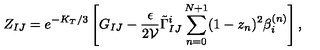
Z _ { I J } = e ^ { - K _ { T } / 3 } \left[ G _ { I J } - \frac { \epsilon } { 2 \mathcal { V } } \tilde { \Gamma } _ { I J } ^ { i } \sum _ { n = 0 } ^ { N + 1 } ( 1 - z _ { n } ) ^ { 2 } \beta _ { i } ^ { ( n ) } \right] ,